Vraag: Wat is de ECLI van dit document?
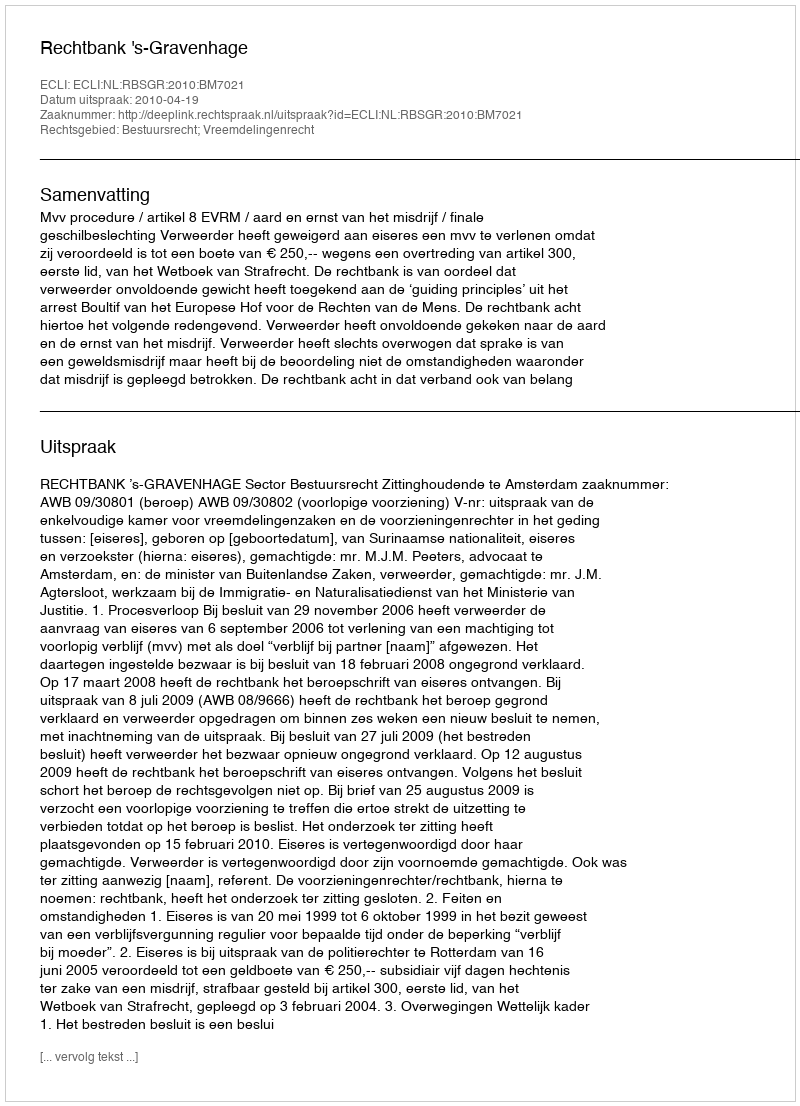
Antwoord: ECLI:NL:RBSGR:2010:BM7021